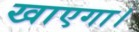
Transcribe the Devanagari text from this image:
खाएगा।